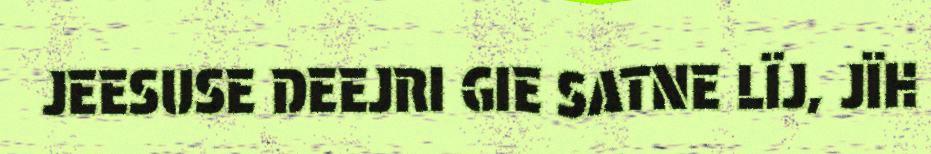
JEESUSE DEEJRI GIE SATNE LÏJ, JÏH